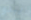
يبدو